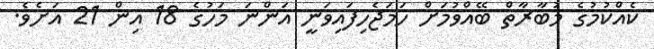
ކެއްކުމުގެ މުބާރާތް ބޭއްވުމަށް ހަމަޖެހިފައިވަނީ އަންނަ މަހުގެ 18 އިން 21 އަށެވެ.